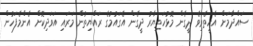
ސައްދާމަށް އެހީތެރިވެ ދީގެން މޮޅުހަތިޔާރު ދީގެން އެގައުމުގެ ރައްޔިތުން މަރައި އަވަދިކޮށް އެންމެފަހުން